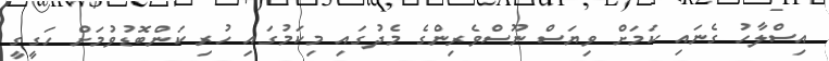
އިސްލާހު ގެނައި ކަމަށް ވިޔަސް ނޫސްވެރިންގެ މެދުގައި މިކަމުގައި ހުރި ކަންބޮޑުވުމަށް ހަގީގީ